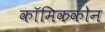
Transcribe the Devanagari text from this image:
कॉमिककोन